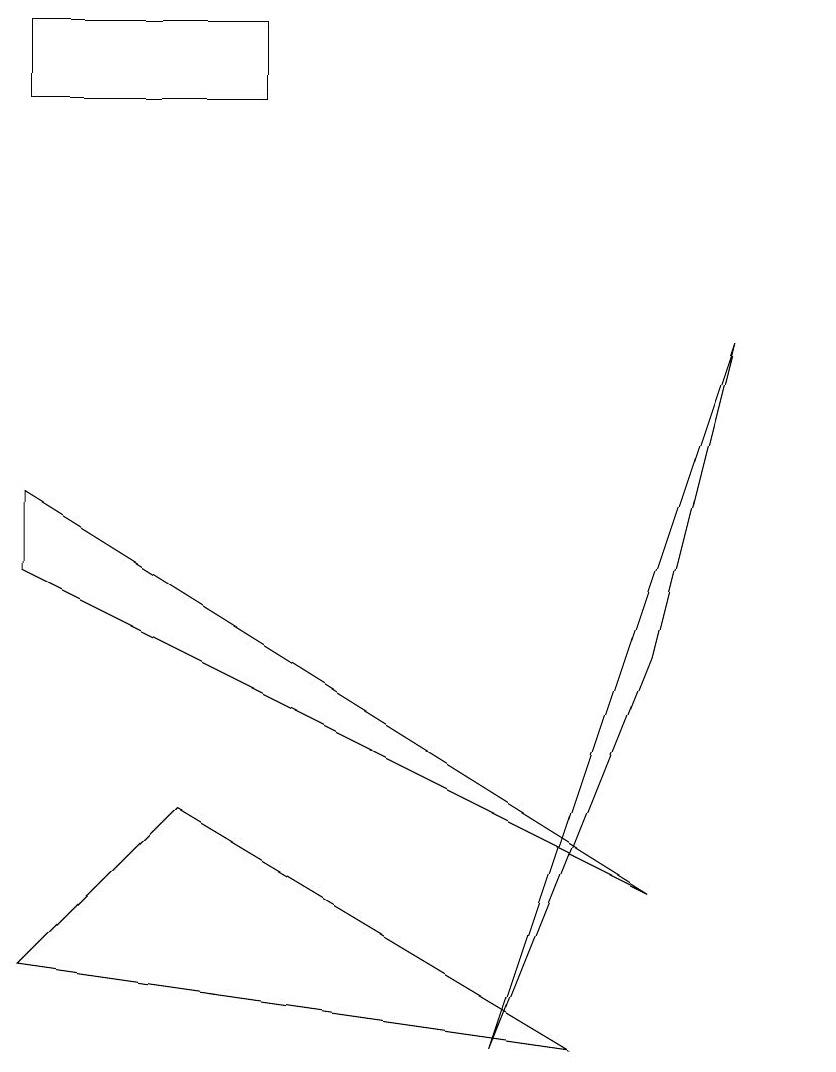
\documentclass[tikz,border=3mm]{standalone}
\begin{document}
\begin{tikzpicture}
\draw (10,10) circle (0);
\draw (3,12) rectangle (0,13);
\draw (0,6) -- (8,2) -- (0,7) -- cycle;
\draw (8,5) -- (9,9) -- (6,0) -- cycle;
\draw (0,1) -- (7,0) -- (2,3) -- cycle;
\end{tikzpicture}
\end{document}